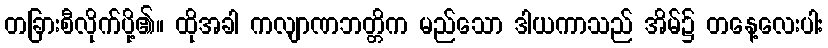
တခြားစီလိုက်ပို့၏။ ထိုအခါ ကလျာဏဘတ္တိက မည်သော ဒါယကာသည် အိမ်၌ တနေ့လေးပါး